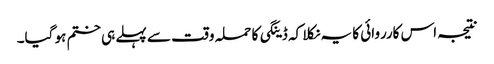
نتیجہ اس کارروائی کا یہ نکلا کہ ڈینگی کا حملہ وقت سے پہلے ہی ختم ہو گیا۔